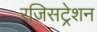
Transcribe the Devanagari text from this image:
रजिसट्रेशन